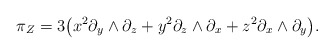
\begin{align*}\pi_Z = 3 \bigl( x^2 \partial_y \wedge \partial_z + y^2 \partial_z\wedge \partial_x + z^2 \partial_x \wedge \partial_y \bigr).\end{align*}